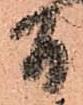
間